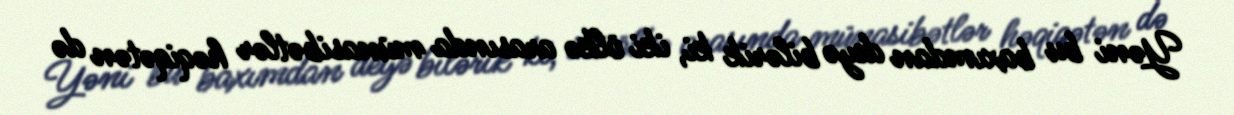
Yəni bu baxımdan deyə bilərik ki, iki ölkə arasında münasibətlər həqiqətən də